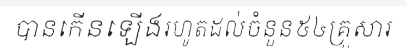
បានកើនឡើងរហូតដល់ចំនួន៥៤គ្រួសារ